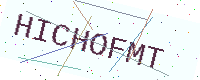
Text: HICHOFMT